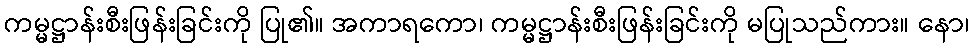
ကမ္မဋ္ဌာန်းစီးဖြန်းခြင်းကို ပြု၏။ အကာရကော၊ ကမ္မဋ္ဌာန်းစီးဖြန်းခြင်းကို မပြုသည်ကား။ နော၊